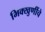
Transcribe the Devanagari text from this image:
भिक्खुणींचे